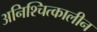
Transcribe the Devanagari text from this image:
अनिश्चित्कालीन